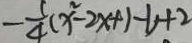
- \frac { 5 } { 4 } ( x ^ { 2 } - 2 x + 1 - 1 ) + 2